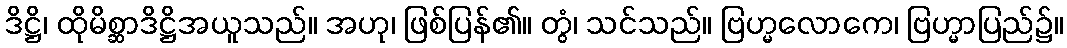
ဒိဋ္ဌိ၊ ထိုမိစ္ဆာဒိဋ္ဌိအယူသည်။ အဟု၊ ဖြစ်ပြန်၏။ တွံ၊ သင်သည်။ ဗြဟ္မလောကေ၊ ဗြဟ္မာပြည်၌။